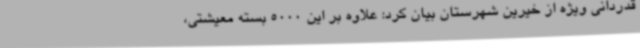
قدردانی ویژه از خیرین شهرستان بیان کرد: علاوه بر این 5000 بسته معیشتی،